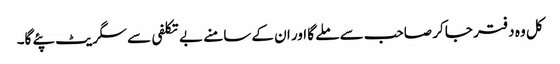
کل وہ دفتر جا کر صاحب سے ملے گا اور ان کے سامنے بے تکلفی سے سگریٹ پئے گا۔